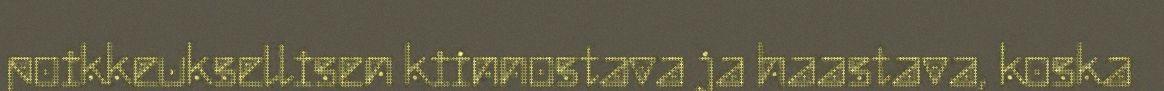
poikkeuksellisen kiinnostava ja haastava, koska